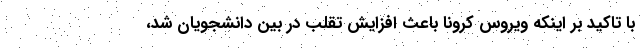
با تاکید بر اینکه ویروس کرونا باعث افزایش تقلب در بین دانشجویان شد،